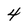
Character: 4